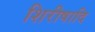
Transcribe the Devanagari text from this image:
शिरीषादि